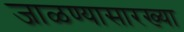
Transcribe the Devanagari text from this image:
जाळण्यासारख्या